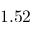
1 . 5 2